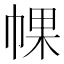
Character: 𢃦